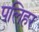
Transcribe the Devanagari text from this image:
पलिहर